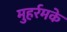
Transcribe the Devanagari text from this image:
मुहर्रमके